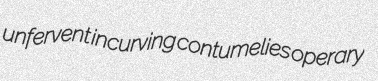
unfervent incurving contumelies operary